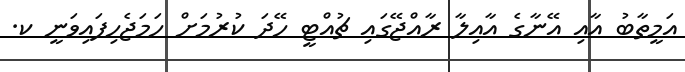
އަމީތާބު އާއި އޭނާގެ އާއިލާ ރާއްޖޭގައި ޗުއްޓީ ހޭދަ ކުރުމަށް ހަމަޖެހިފައިވަނީ ކ.